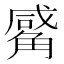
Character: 觱